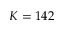
K = 1 4 2